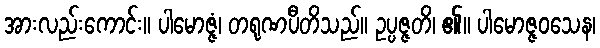
အားလည်းကောင်း။ ပါမောဇ္ဇံ၊ တရုဏပီတိသည်။ ဥပ္ပဇ္ဇတိ၊ ၏။ ပါမောဇ္ဇဝသေန၊